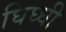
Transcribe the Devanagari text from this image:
घिघ्घी